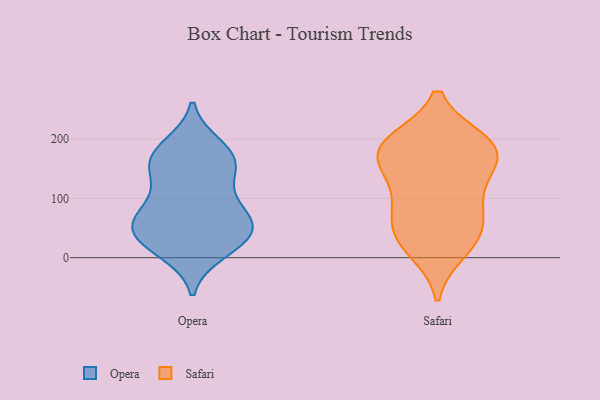
{"axis": {"x": "Energy Usage (MWh)", "y": "Value"}, "legend": ["Opera", "Safari"], "data": [{"x": "", "y": 147, "type": "Opera"}, {"x": "", "y": 11, "type": "Opera"}, {"x": "", "y": 169, "type": "Opera"}, {"x": "", "y": 28, "type": "Opera"}, {"x": "", "y": 56, "type": "Opera"}, {"x": "", "y": 99, "type": "Opera"}, {"x": "", "y": 65, "type": "Opera"}, {"x": "", "y": 42, "type": "Opera"}, {"x": "", "y": 60, "type": "Opera"}, {"x": "", "y": 187, "type": "Opera"}, {"x": "", "y": 47, "type": "Opera"}, {"x": "", "y": 166, "type": "Opera"}, {"x": "", "y": 174, "type": "Opera"}, {"x": "", "y": 81, "type": "Opera"}, {"x": "", "y": 21, "type": "Opera"}, {"x": "", "y": 137, "type": "Opera"}, {"x": "", "y": 188, "type": "Safari"}, {"x": "", "y": 192, "type": "Safari"}, {"x": "", "y": 182, "type": "Safari"}, {"x": "", "y": 36, "type": "Safari"}, {"x": "", "y": 174, "type": "Safari"}, {"x": "", "y": 100, "type": "Safari"}, {"x": "", "y": 62, "type": "Safari"}, {"x": "", "y": 160, "type": "Safari"}, {"x": "", "y": 81, "type": "Safari"}, {"x": "", "y": 32, "type": "Safari"}, {"x": "", "y": 14, "type": "Safari"}, {"x": "", "y": 194, "type": "Safari"}, {"x": "", "y": 135, "type": "Safari"}]}